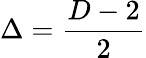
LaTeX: \Delta={\frac{D-2}{2}}